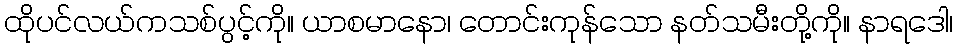
ထိုပင်လယ်ကသစ်ပွင့်ကို။ ယာစမာနော၊ တောင်းကုန်သော နတ်သမီးတို့ကို။ နာရဒေါ၊